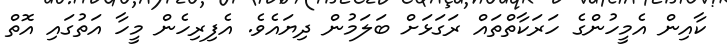
ކާއިން އެމީހުންގެ ހަރަކާތްތައް ރަގަޅަށް ބަލަމުން ދިޔައެވެ. އެފިރިހެން މީހާ އަތުގައި އޮތް